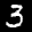
Label: 3